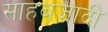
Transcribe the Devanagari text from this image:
साहबज़ादी